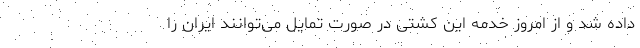
داده شد و از امروز خدمه این کشتی در صورت تمایل می‌توانند ایران را